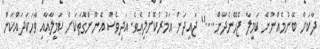
ދާކަށް ބޭނުމެއްނޫން ކަމީލާ ޖެހޭނެދާން...." ޖައިދަން އަމުރުކޮށްލިއެވެ. އަދިވެސް އެނޫންގޮތަކަށް ކަމީލާއާއި ވާހަކަދައްކަން